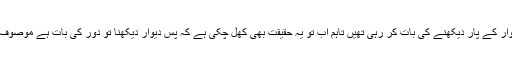
ہمیں یہ تو نہیں معلوم کہ محترمہ کس دیوار کے پار دیکھنے کی بات کر رہی تھیں تاہم اب تو یہ حقیقت بھی کھل چکی ہے کہ پس دیوار دیکھنا تو دور کی بات ہے موصوف نوشتۂ دیوار پڑھنے سے بھی قاصر ہیں۔